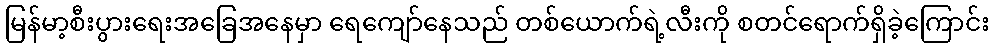
မြန်မာ့စီးပွားရေးအခြေအနေမှာ ရေကျော်နေသည် တစ်ယောက်ရဲ့လီးကို စတင်ရောက်ရှိခဲ့ကြောင်း